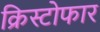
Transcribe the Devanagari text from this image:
क्रिस्टोफार